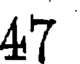
47